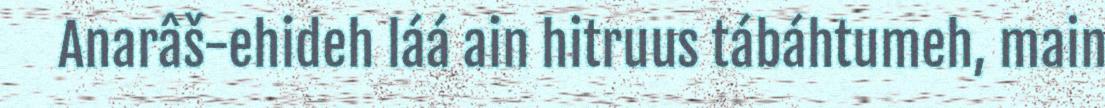
Anarâš-ehideh láá ain hitruus tábáhtumeh, main